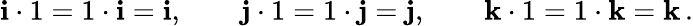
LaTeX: \mathbf{i}\cdot 1=1\cdot\mathbf{i}=\mathbf{i},\qquad\mathbf{j}\cdot 1=1\cdot\mathbf{j}=\mathbf{j},\qquad\mathbf{k}\cdot 1=1\cdot\mathbf{k}=\mathbf{k}\, .